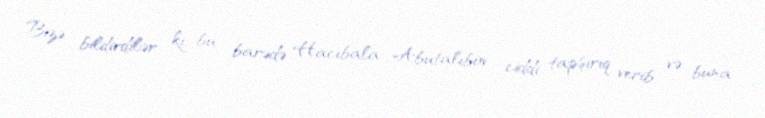
Bizə bildirdilər ki, bu barədə Hacıbala Abutalıbov ciddi tapşırıq verib və buna